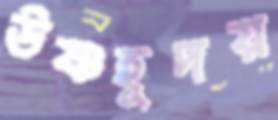
উষ্ণহূদয়